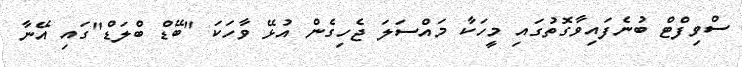
ސްވިފްޓް ބުނެފައިވާގޮތުގައި މީހަކާ މައްސަލަ ޖެހިގެން އުޅޭ ވާހަކަ "ބޭޑް ބްލަޑް"ގައި އޭނާ